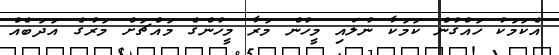
އެކަމަކު ހައްގުން ކަމަކާ ނުލައި މީހުން މަރާ މީހުންގެ މައްޗަށް މަރުގެ އަދަބެއް